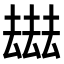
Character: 𠬑